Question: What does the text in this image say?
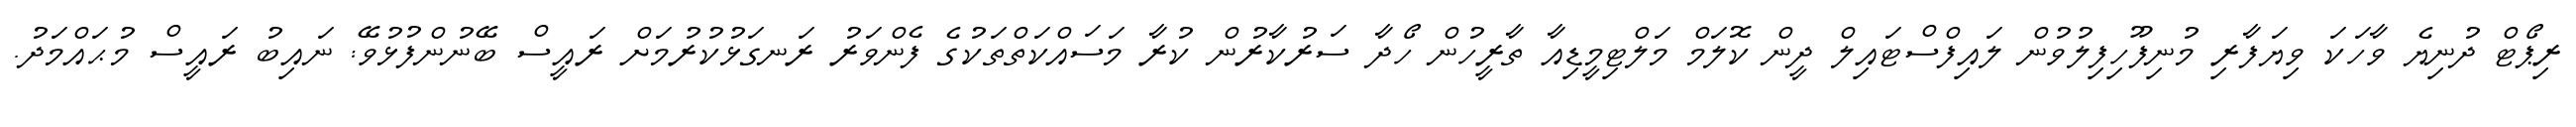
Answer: ރިޕޯޓް ދުނިޔެ ވާހަކަ ވިޔަފާރި މުނިފޫހިފިލުވުން ލައިފްސްޓައިލް ދީން ކޮލަމް މަލްޓިމީޑިއާ ތާރީހުން ހޯދާ ސަރުކާރުން ކުރާ މަސައްކަތްތަކުގެ ފެންވަރު ރަނގަޅުކުރުމަށް ރައީސް ބޭނުންފުޅުވޭ: ނައިބު ރައީސް މުޙައްމަދު.